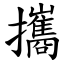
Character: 攜